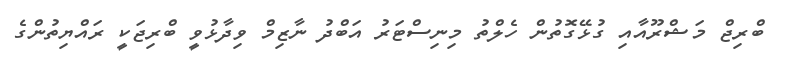
ބްރިޖް މަޝްރޫއާއި ގުޅޭގޮތުން ހެލްތު މިނިސްޓަރު އަބްދު ނާޒިމް ވިދާޅުވީ ބްރިޖަކީ ރައްޔިތުންގެ